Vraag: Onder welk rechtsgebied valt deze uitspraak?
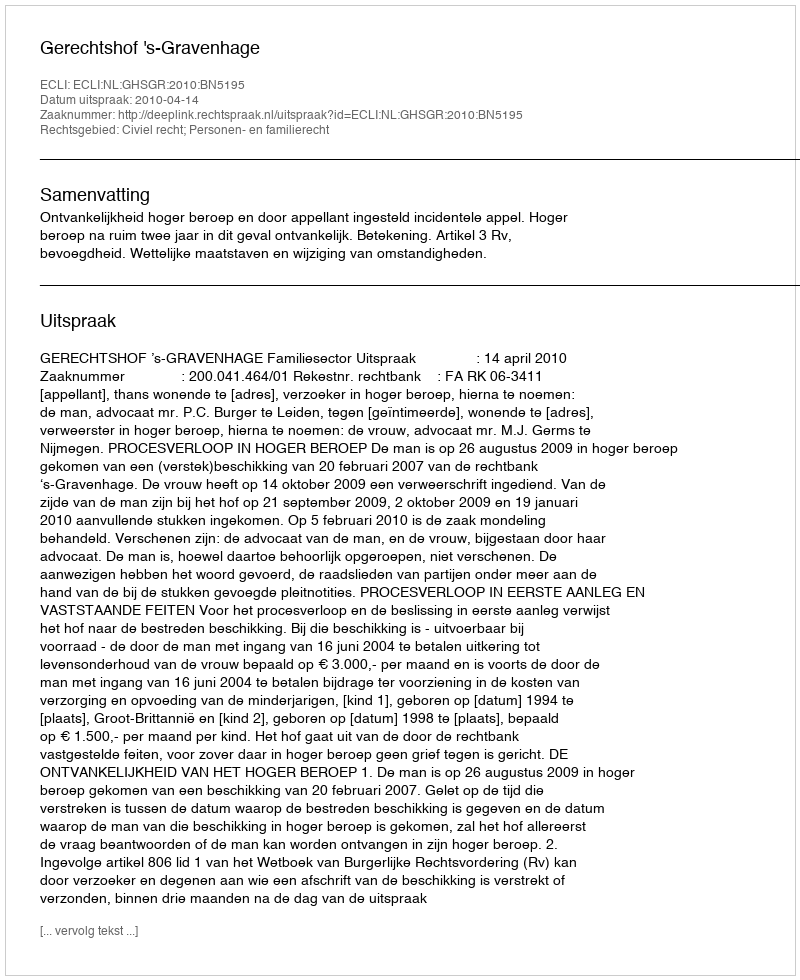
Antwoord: Civiel recht; Personen- en familierecht